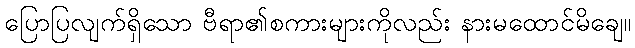
ပြောပြလျက်ရှိသော ဗီရာ၏စကားများကိုလည်း နားမထောင်မိချေ။